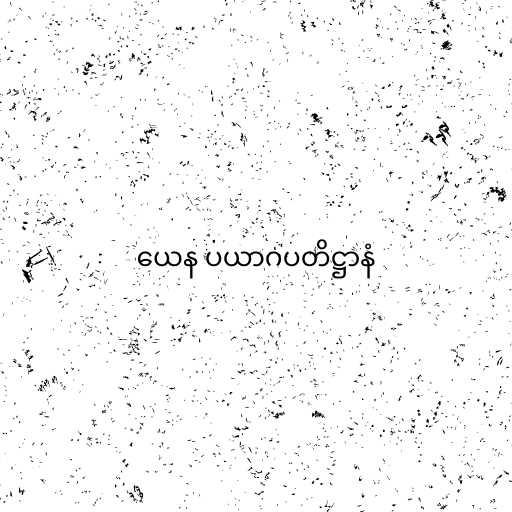
ယေန ပယာဂပတိဋ္ဌာနံ